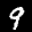
Label: 9